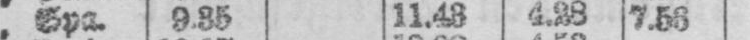
„ Spa. 9.35 11.48 4.28 7.53